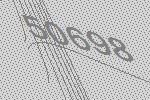
50698